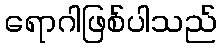
ရောဂါဖြစ်ပါသည်